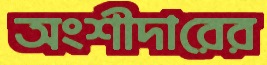
অংশীদারের